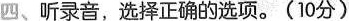
四、听录音,选择正确的选项.(10分)